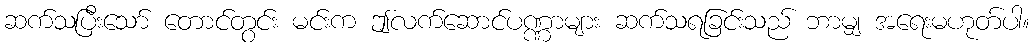
ဆက်သပြီးသော် တောင်တွင်း မင်းက ဤလက်ဆောင်ပဏ္ဏာများ ဆက်သရခြင်းသည် ဘာမျှ အရေးမဟုတ်ပါ။